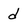
Character: d